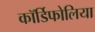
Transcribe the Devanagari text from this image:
कॉर्डिफोलिया